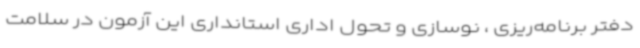
دفتر برنامه‌ریزی ، نوسازی و تحول اداری استانداری این آزمون در سلامت